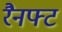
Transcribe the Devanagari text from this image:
रैनफ्‍ट